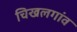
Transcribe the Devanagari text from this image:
चिखलगांव